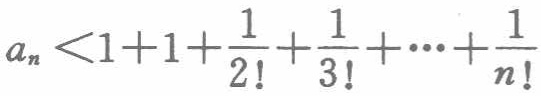
\(a_{n}<1 + 1+\frac{1}{2!}+\frac{1}{3!}+\cdots+\frac{1}{n!}\)